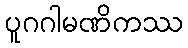
ပူဂဂါမဏိကဿ